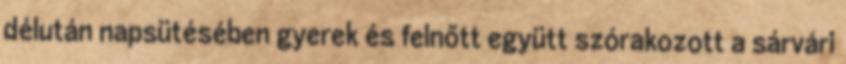
délután napsütésében gyerek és felnőtt együtt szórakozott a sárvári